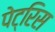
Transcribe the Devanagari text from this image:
पेट्रिस